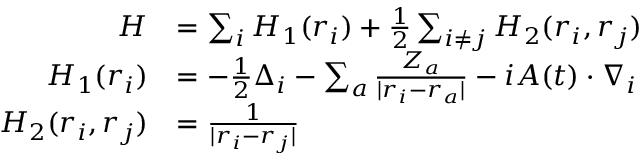
\begin{array} { r l } { H } & { = \sum _ { i } H _ { 1 } ( \boldsymbol { r _ { i } } ) + \frac { 1 } { 2 } \sum _ { i \neq j } H _ { 2 } ( \boldsymbol { r _ { i } } , \boldsymbol { r _ { j } } ) } \\ { H _ { 1 } ( \boldsymbol { r _ { i } } ) } & { = - \frac { 1 } { 2 } \Delta _ { i } - \sum _ { a } \frac { Z _ { a } } { | \boldsymbol { r } _ { i } - \boldsymbol { r } _ { a } | } - i \boldsymbol { A } ( t ) \cdot \nabla _ { i } } \\ { H _ { 2 } ( \boldsymbol { r _ { i } } , \boldsymbol { r _ { j } } ) } & { = \frac { 1 } { | \boldsymbol { r } _ { i } - \boldsymbol { r } _ { j } | } } \end{array}